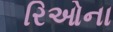
રિઓના